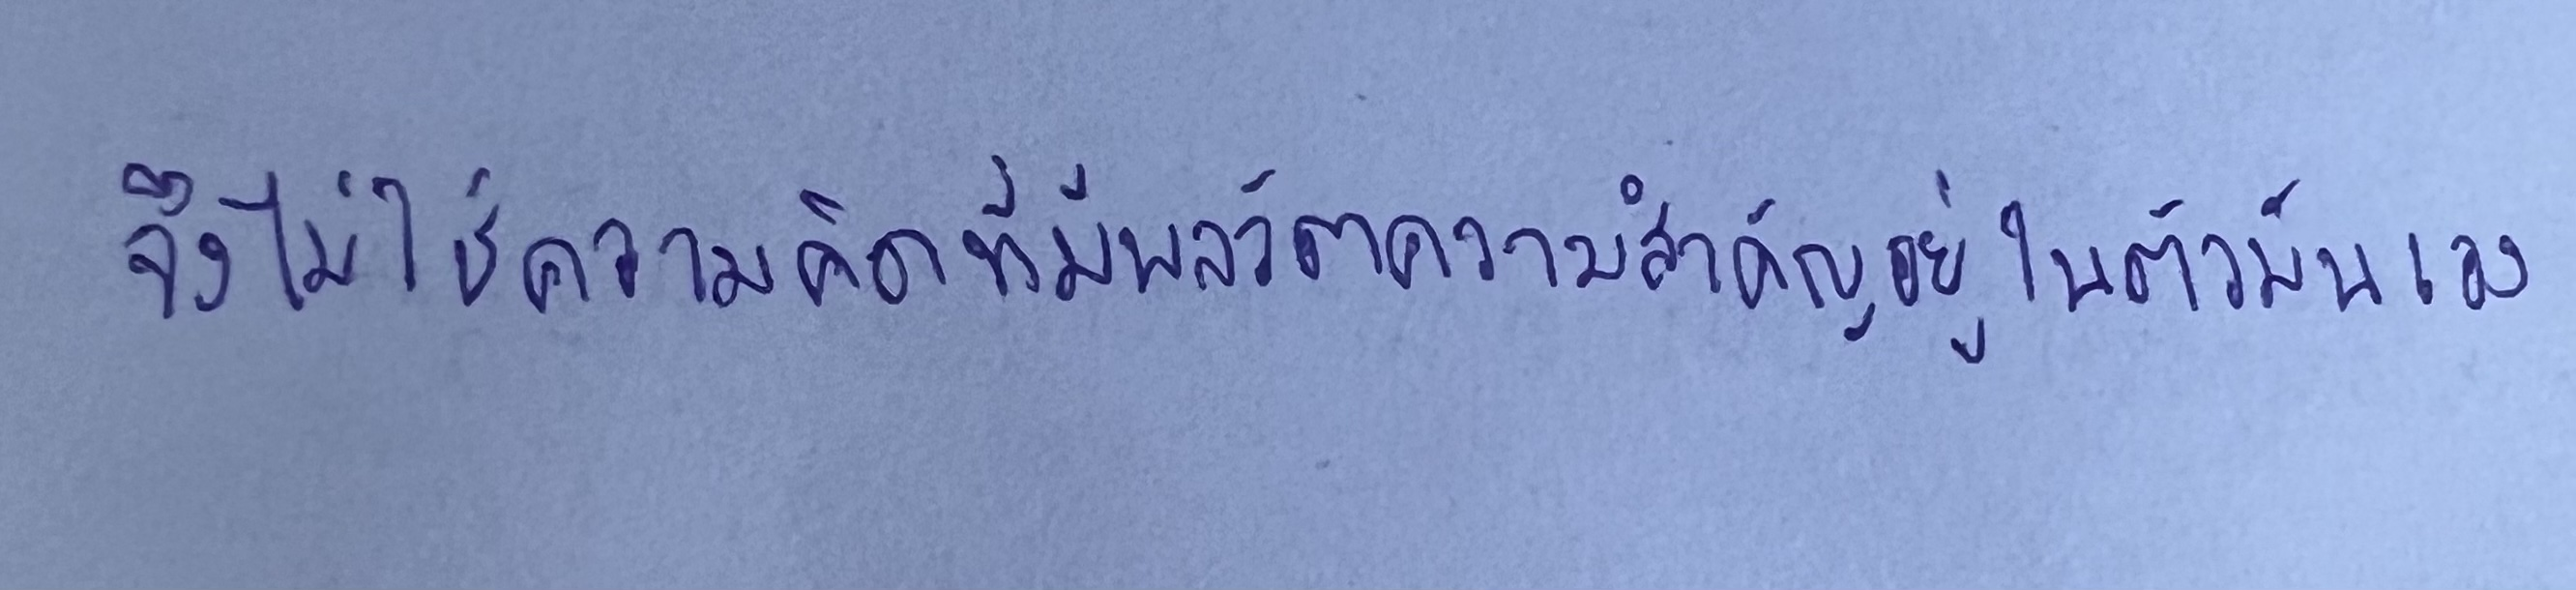
จึงไม่ใช่ความคิดที่มีพลวัตความสำคัญอยู่ในตัวมันเอง